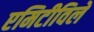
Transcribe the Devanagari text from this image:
एमिटीविले